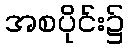
အစပိုင်း၌